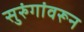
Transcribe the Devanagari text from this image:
सुरुंगांवरून